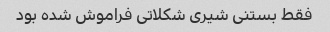
فقط بستنی شیری شکلاتی فراموش شده بود